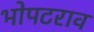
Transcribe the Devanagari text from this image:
भोपटराव